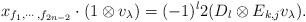
LaTeX: \begin{align*} x_{f_1,\cdots,f_{2n-2}}\cdot (1\otimes v_{\lambda})=(-1)^{l}2(D_l\otimes E_{k,j}v_{\lambda}).\end{align*}